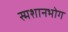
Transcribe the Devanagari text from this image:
स्मशानभोग